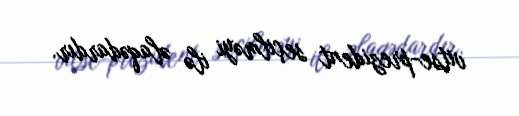
vitse-prezident seçilməyi ilə əlaqədardır.